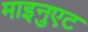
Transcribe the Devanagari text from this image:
माइनुएट